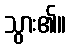
သွား၏။